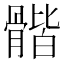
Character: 𩩰